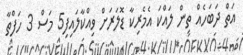
އަތް ދަބަހެއް ތިން ލައްކަ އެމެރިކާ ޑޮލަރަށް ވިއްކާލައިފި5 މަސް 3 ހަފްތާ